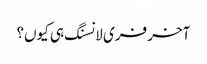
آخر فری لانسنگ ہی کیوں؟